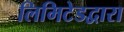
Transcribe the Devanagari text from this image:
लिमिटेडद्वारा